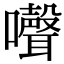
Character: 𡄔